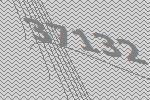
37132